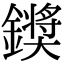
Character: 𮣗